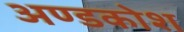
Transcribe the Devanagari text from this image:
अण्डकोश